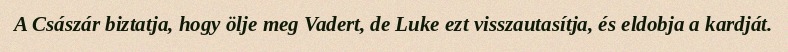
A Császár biztatja, hogy ölje meg Vadert, de Luke ezt visszautasítja, és eldobja a kardját.